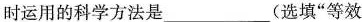
时运用的科学方法是___(选填”等效